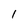
Character: 1